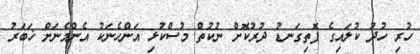
ހުރި ހުދު ކުލައިގެ ފޮތިގަނޑު ދުރުކޮށް ނުކުތް މުސްކުޅި އަންހެނަކު އެންމެނަށް ޚަބަރު